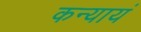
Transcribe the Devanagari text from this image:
कन्यायं